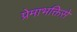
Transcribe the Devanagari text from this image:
प्रेमाभक्तिसे